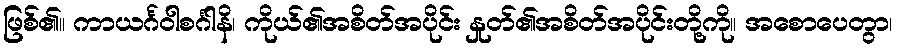
ဖြစ်၏။ ကာယင်္ဂဝါစင်္ဂါနိ၊ ကိုယ်၏အစိတ်အပိုင်း နှုတ်၏အစိတ်အပိုင်းတို့ကို။ အစောပေတွာ၊